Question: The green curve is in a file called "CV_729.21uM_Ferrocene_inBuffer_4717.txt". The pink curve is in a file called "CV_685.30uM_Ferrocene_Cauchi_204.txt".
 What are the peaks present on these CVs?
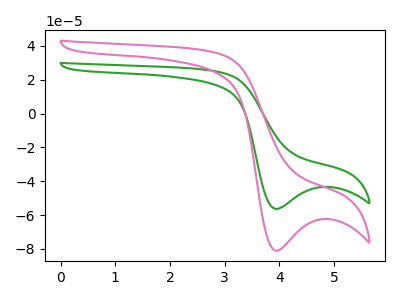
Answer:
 <answer>The green curve "Ferrocene_729.21uM" has a cathodic peak at: (3.95V, -56.40uA). The pink curve "Ferrocene_685.30uM" has a cathodic peak at: (3.95V, -81.10uA).</answer>
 <eval></eval>